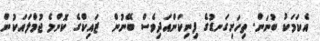
އެކަމަކު ބުނަން. ތިހަށިގަނޑުގެ ފިނިކަންއަދިވެސް ބޭނުން  ޒައިކްގެ ކޮންމެ ޖުމްލައަކުން